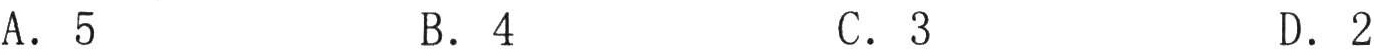
A. \(5\)  B. \(4\)  C. \(3\)  D. \(2\)